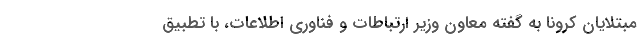
مبتلایان کرونا به گفته معاون وزیر ارتباطات و فناوری اطلاعات، با تطبیق